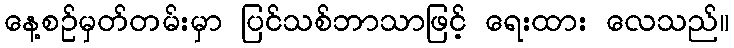
နေ့စဉ်မှတ်တမ်းမှာ ပြင်သစ်ဘာသာဖြင့် ရေးထား လေသည်။